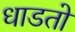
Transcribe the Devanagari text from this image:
धाडतो